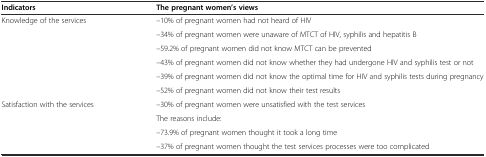
<table><thead><tr><td><b>Indicators</b></td><td><b>The pregnant women’s views</b></td></tr></thead><tbody><tr><td rowspan="6">Knowledge of the services</td><td>--10% of pregnant women had not heard of HIV</td></tr><tr><td>--34% of pregnant women were unaware of MTCT of HIV, syphilis and hepatitis B</td></tr><tr><td>--59.2% of pregnant women did not know MTCT can be prevented</td></tr><tr><td>--43% of pregnant women did not know whether they had undergone HIV and syphilis test or not</td></tr><tr><td>--39% of pregnant women did not know the optimal time for HIV and syphilis tests during pregnancy</td></tr><tr><td>--52% of pregnant women did not know their test results</td></tr><tr><td rowspan="4">Satisfaction with the services</td><td>--30% of pregnant women were unsatisfied with the test services</td></tr><tr><td>The reasons include:</td></tr><tr><td>--73.9% of pregnant women thought it took a long time</td></tr><tr><td>--37% of pregnant women thought the test services processes were too complicated</td></tr></tbody></table>